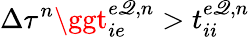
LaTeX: \Delta\tau^{n}\ggt_{ie}^{e\mathscr{Q},n}>t_{ii}^{e\mathscr{Q},n}